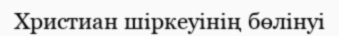
Христиан шіркеуінің бөлінуі